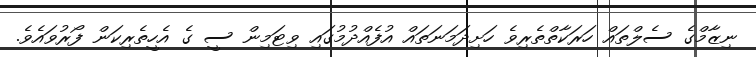
ނިޒާމްގެ ސެލްތައް ހަރަކާތްތެރިވެ ހަށިދަމަނަތައް އުފެއްދުމުގައި ވިޓަމިން ސީ ގެ އެހީތެރިކަން ފޯރުވައެވެ.